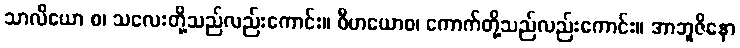
သာလိယော စ၊ သလေးတို့သည်လည်းကောင်း။ ဝီဟယောစ၊ ကောက်တို့သည်လည်းကောင်း။ အာဘူဇိနော